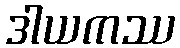
ဒါယကဿ